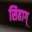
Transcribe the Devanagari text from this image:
सिहाग्